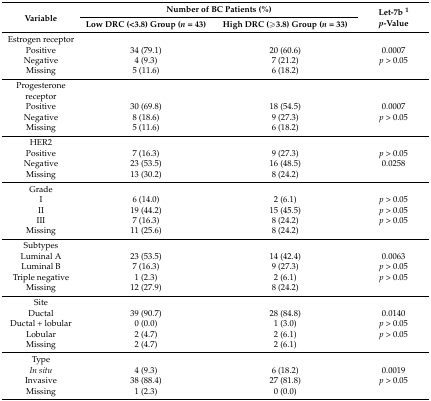
<table><thead><tr><td rowspan="2"><b>Variable</b></td><td colspan="2"><b>Number of BC Patients (%)</b></td><td rowspan="2"><b>Let-7b <sup>1</sup><i>p</i>-Value</b></td></tr><tr><td><b>Low DRC (&lt;3.8) Group (<i>n</i> = 43)</b></td><td><b>High DRC (≥3.8) Group (<i>n</i> = 33)</b></td></tr></thead><tbody><tr><td>Estrogen receptor</td><td></td><td></td><td></td></tr><tr><td>Positive</td><td>34 (79.1)</td><td>20 (60.6)</td><td>0.0007</td></tr><tr><td>Negative</td><td>4 (9.3)</td><td>7 (21.2)</td><td><i>p</i> ˃ 0.05</td></tr><tr><td>Missing</td><td>5 (11.6)</td><td>6 (18.2)</td><td></td></tr><tr><td>Progesterone receptor</td><td></td><td></td><td></td></tr><tr><td>Positive</td><td>30 (69.8)</td><td>18 (54.5)</td><td>0.0007</td></tr><tr><td>Negative</td><td>8 (18.6)</td><td>9 (27.3)</td><td><i>p</i> ˃ 0.05</td></tr><tr><td>Missing</td><td>5 (11.6)</td><td>6 (18.2)</td><td></td></tr><tr><td>HER2</td><td></td><td></td><td></td></tr><tr><td>Positive</td><td>7 (16.3)</td><td>9 (27.3)</td><td><i>p</i> ˃ 0.05</td></tr><tr><td>Negative</td><td>23 (53.5)</td><td>16 (48.5)</td><td>0.0258</td></tr><tr><td>Missing</td><td>13 (30.2)</td><td>8 (24.2)</td><td></td></tr><tr><td>Grade</td><td></td><td></td><td></td></tr><tr><td>I</td><td>6 (14.0)</td><td>2 (6.1)</td><td><i>p</i> ˃ 0.05</td></tr><tr><td>II</td><td>19 (44.2)</td><td>15 (45.5)</td><td><i>p</i> ˃ 0.05</td></tr><tr><td>III</td><td>7 (16.3)</td><td>8 (24.2)</td><td><i>p</i> ˃ 0.05</td></tr><tr><td>Missing</td><td>11 (25.6)</td><td>8 (24.2)</td><td></td></tr><tr><td>Subtypes</td><td></td><td></td><td></td></tr><tr><td>Luminal A</td><td>23 (53.5)</td><td>14 (42.4)</td><td>0.0063</td></tr><tr><td>Luminal B</td><td>7 (16.3)</td><td>9 (27.3)</td><td><i>p</i> ˃ 0.05</td></tr><tr><td>Triple negative</td><td>1 (2.3)</td><td>2 (6.1)</td><td><i>p</i> ˃ 0.05</td></tr><tr><td>Missing</td><td>12 (27.9)</td><td>8 (24.2)</td><td></td></tr><tr><td>Site</td><td></td><td></td><td></td></tr><tr><td>Ductal</td><td>39 (90.7)</td><td>28 (84.8)</td><td>0.0140</td></tr><tr><td>Ductal + lobular</td><td>0 (0.0)</td><td>1 (3.0)</td><td><i>p</i> ˃ 0.05</td></tr><tr><td>Lobular</td><td>2 (4.7)</td><td>2 (6.1)</td><td><i>p</i> ˃ 0.05</td></tr><tr><td>Missing</td><td>2 (4.7)</td><td>2 (6.1)</td><td></td></tr><tr><td>Type</td><td></td><td></td><td></td></tr><tr><td><i>In situ</i></td><td>4 (9.3)</td><td>6 (18.2)</td><td>0.0019</td></tr><tr><td>Invasive</td><td>38 (88.4)</td><td>27 (81.8)</td><td><i>p</i> ˃ 0.05</td></tr><tr><td>Missing</td><td>1 (2.3)</td><td>0 (0.0)</td><td></td></tr></tbody></table>